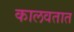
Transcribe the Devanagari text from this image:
कालवतात